Leningradi_Edasi_toimetus, lk 113
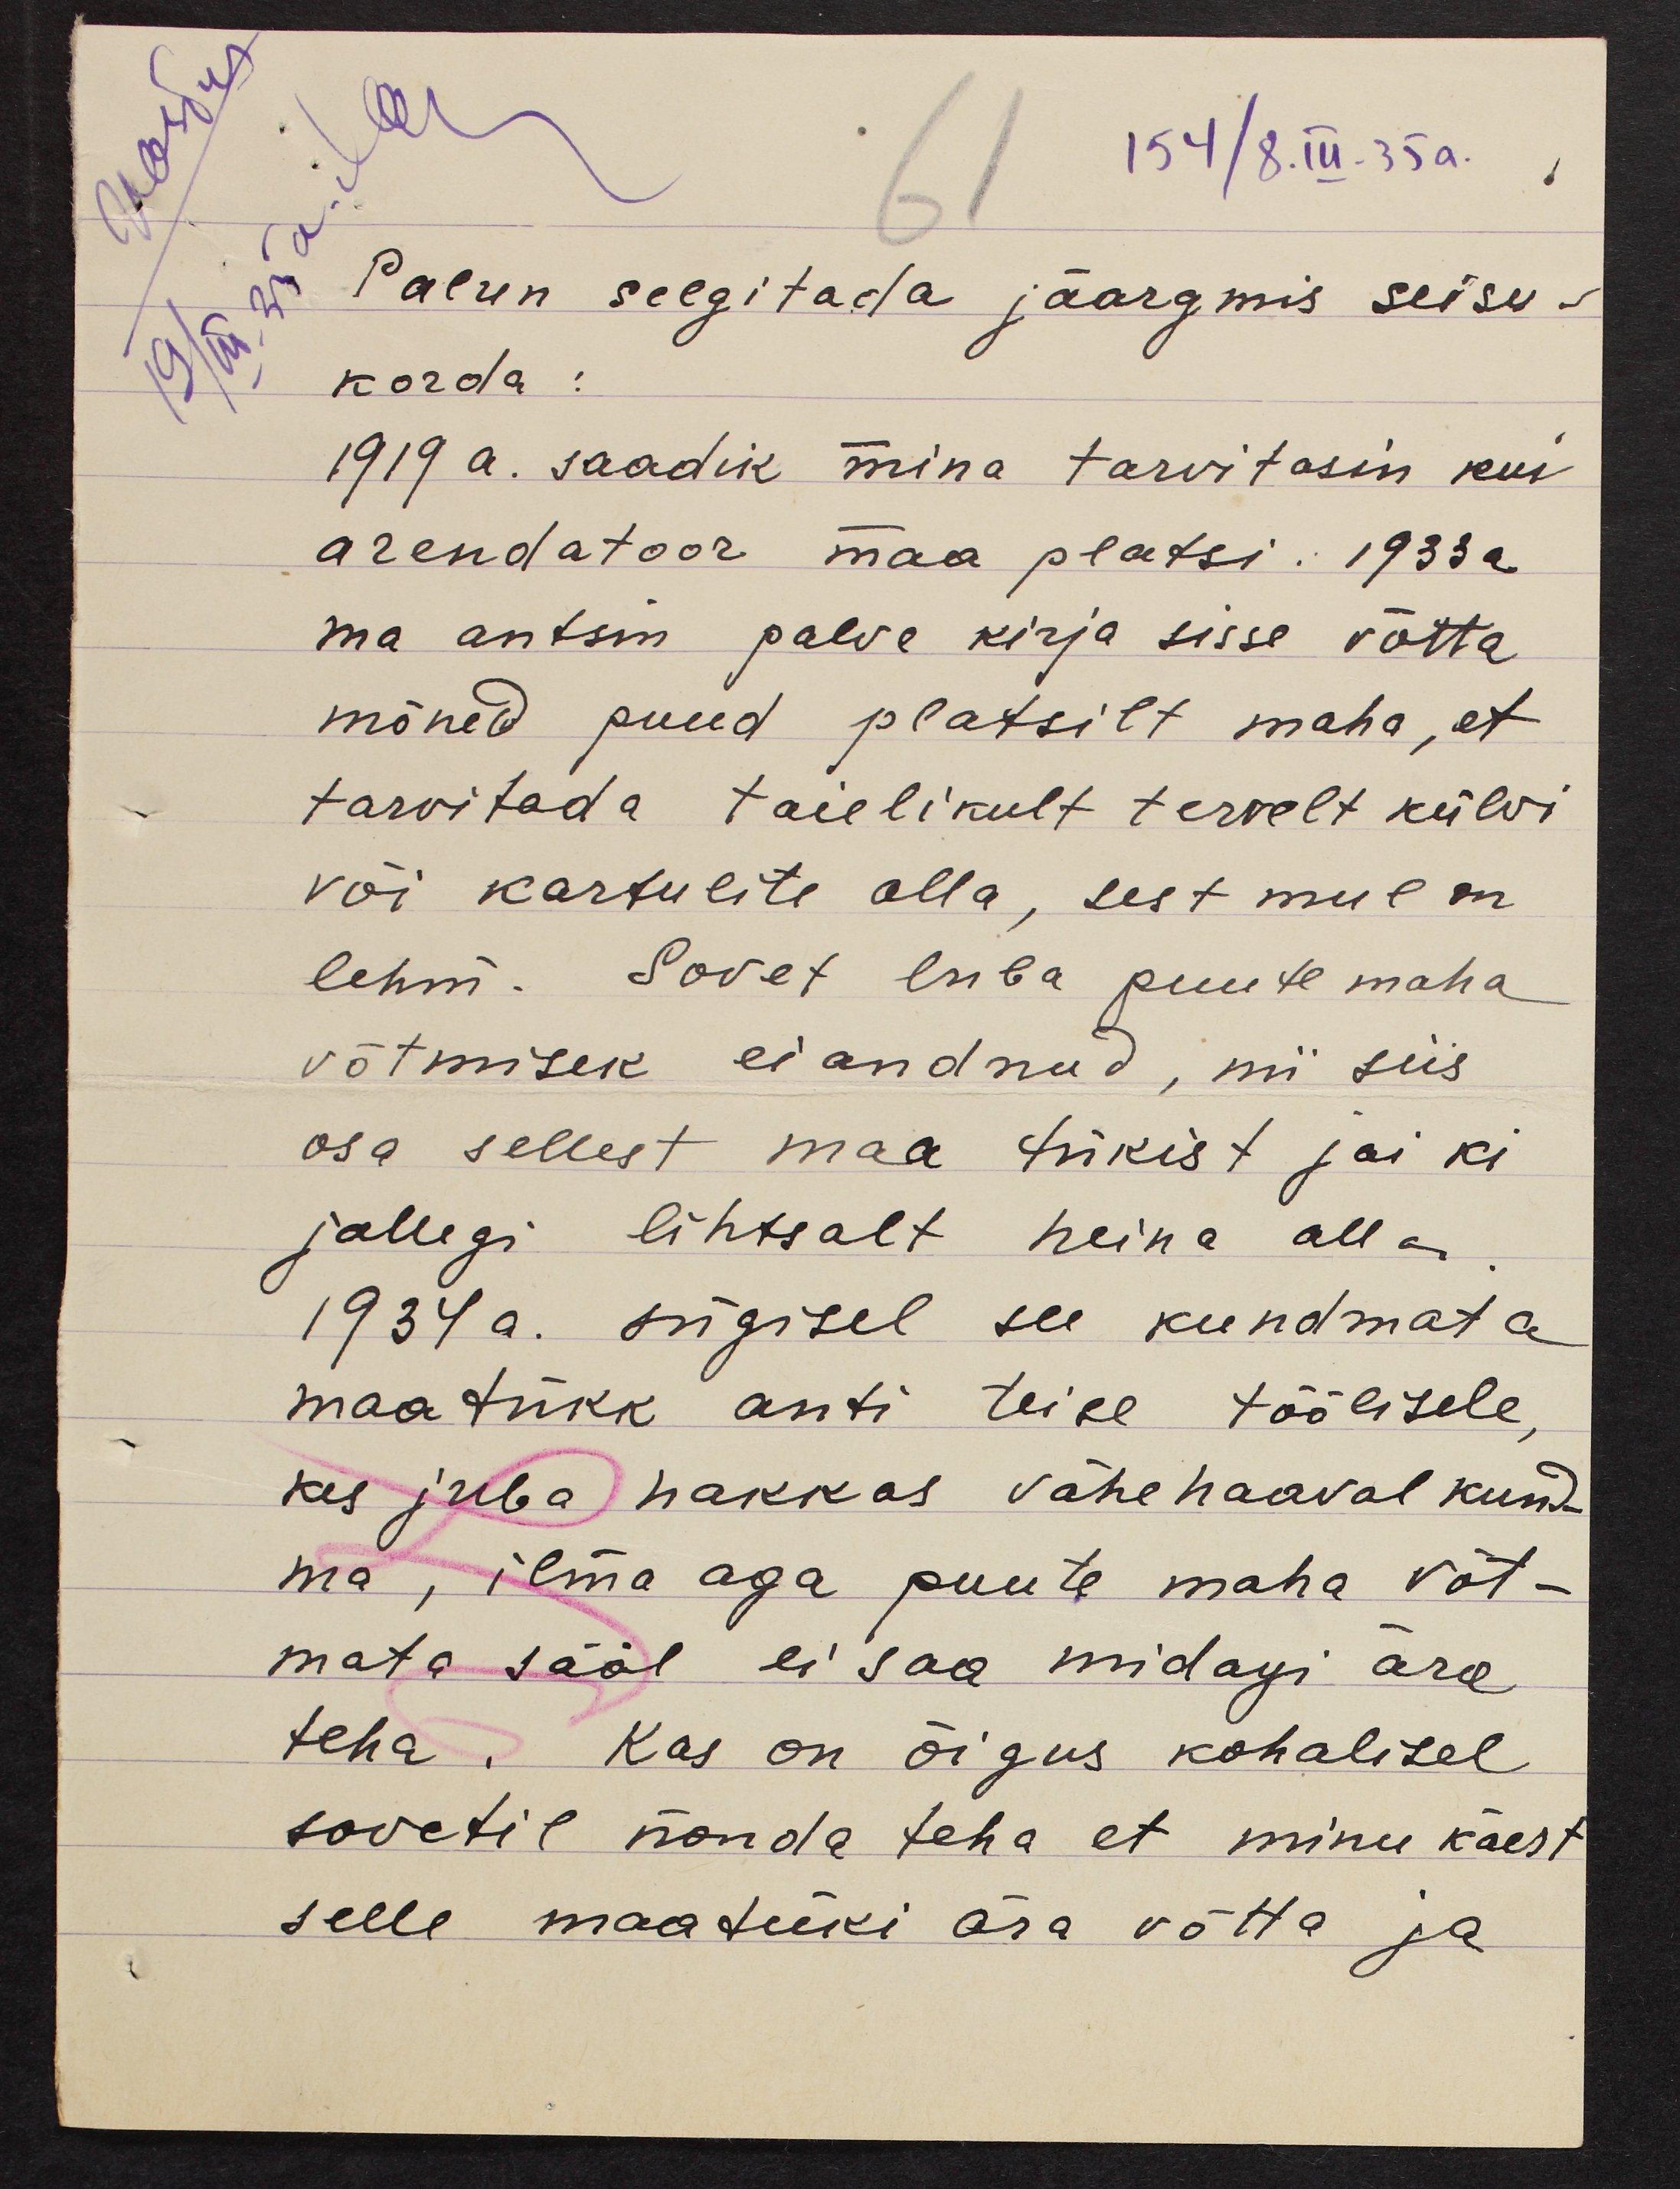
61
154/8.III.35 a.
Palun selgitada jäargmis seisu-
korda:
1919 a. saadik mina tarvitasin kui
arendatoor maa platsi. 1933 a
ma antsin palve kirja sisse võtta
mõned puud platsilt maha, et
tarvitada taielikult tervelt külvi
või kartulite alla, sest mul on
lehm. Sovet luba puute maha
võtmisek ei andnud, nii siis
osa sellest maa tükist jai ki
jallegi lihtsalt heina alla
1934 a. sügisel see kundmata
maatükk anti teise töölisele,
kes juba hakkas vähehaaval kund-
ma, ilma aga puute maha võt-
mata sääl ei saa midagi ära
teha. Kas on õigus kohalisel
sovetil nõnda teha et minu käest
selle maatüki ära võtta ja